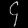
Digit: ၄